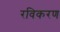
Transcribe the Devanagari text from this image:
रविकरण